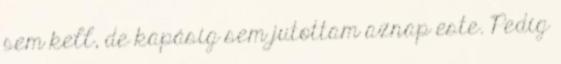
sem kell, de kapásig sem jutottam aznap este. Pedig